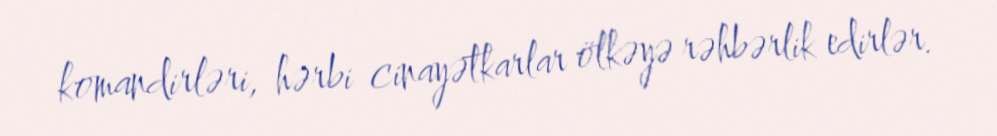
komandirləri, hərbi cinayətkarlar ölkəyə rəhbərlik edirlər.